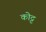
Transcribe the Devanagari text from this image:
कोट्ट